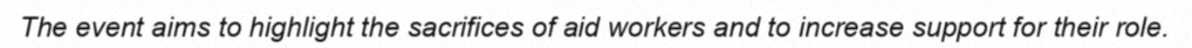
The event aims to highlight the sacrifices of aid workers and to increase support for their role.